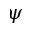
\psi